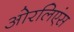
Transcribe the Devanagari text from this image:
ओरलिएंस